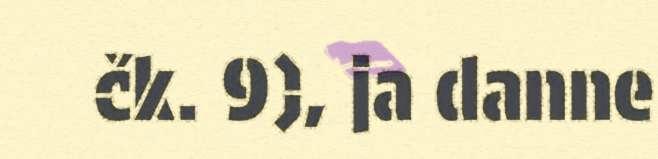
čk. 9), ja danne